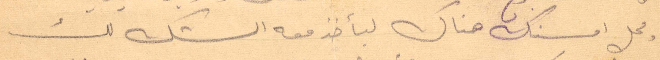
محل امسنك هناك ليأخذ معه الشك لك